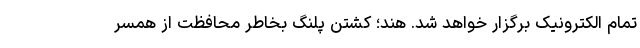
تمام الکترونیک برگزار خواهد شد. هند؛ کشتن پلنگ بخاطر محافظت از همسر